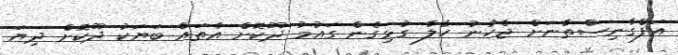
އަފްގާނިސްތާނަށް ޖެހުނު ހާލާ ގުޅިގެން ގައުމު ދޫކޮށް އެތައް ބަޔަކު ދޫކޮށް ދިޔަ